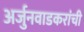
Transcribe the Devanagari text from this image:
अर्जुनवाडकरांची